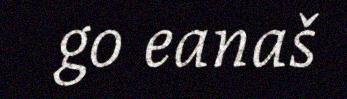
go eanaš